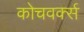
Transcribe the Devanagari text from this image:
कोचवर्क्स